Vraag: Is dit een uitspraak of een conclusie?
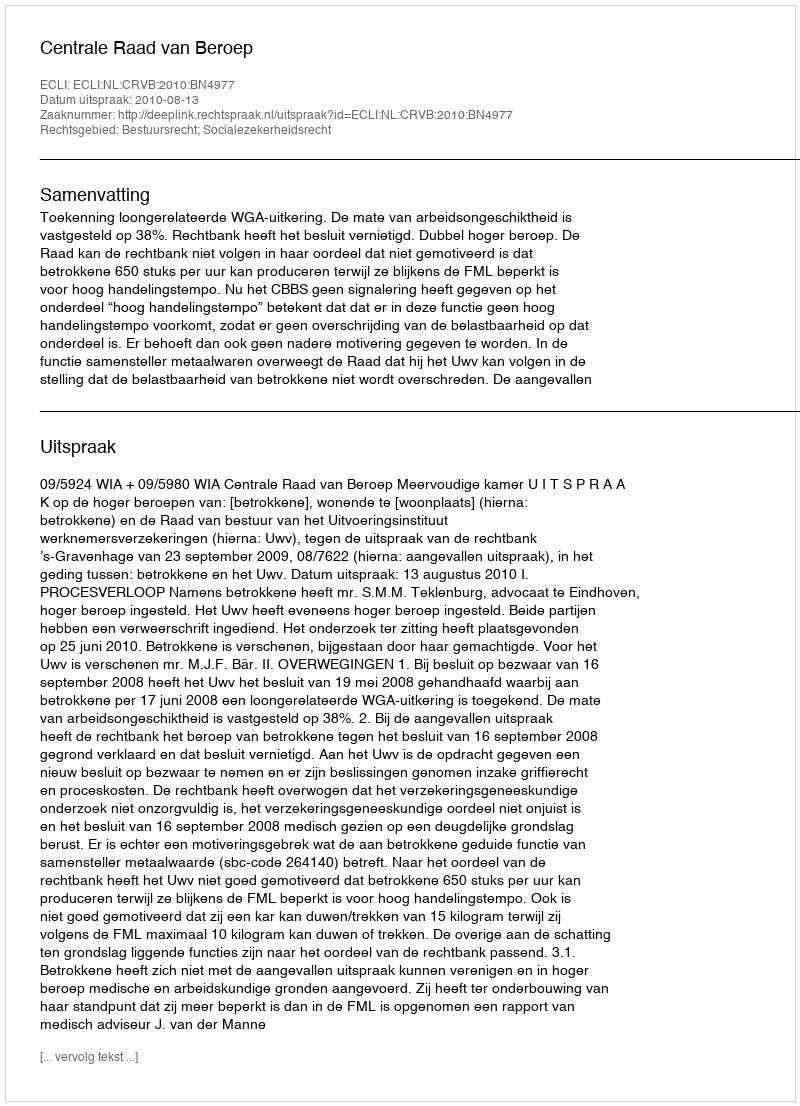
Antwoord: Uitspraak